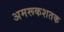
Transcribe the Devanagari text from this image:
अमरूकशतक